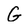
Character: G